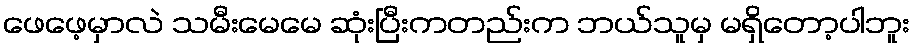
ဖေဖေ့မှာလဲ သမီးမေမေ ဆုံးပြီးကတည်းက ဘယ်သူမှ မရှိတော့ပါဘူး